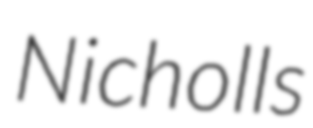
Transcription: Nicholls